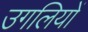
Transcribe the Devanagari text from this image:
उगलियों